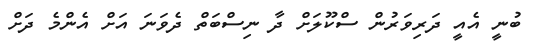
ބުނީ އެއީ ދަރިވަރުން ސްކޫލަށް ދާ ނިސްބަތް ދެވަނަ އަށް އެންމެ ދަށް